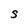
Character: S